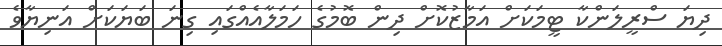
ދިޔަ ސްރީލަންކާ ޓީމަކަށް އަމާޒުކޮށް ދިން ބޮމުގެ ހަމަލާއެއްގައި ގިނަ ބަޔަކަށް އަނިޔާވެ